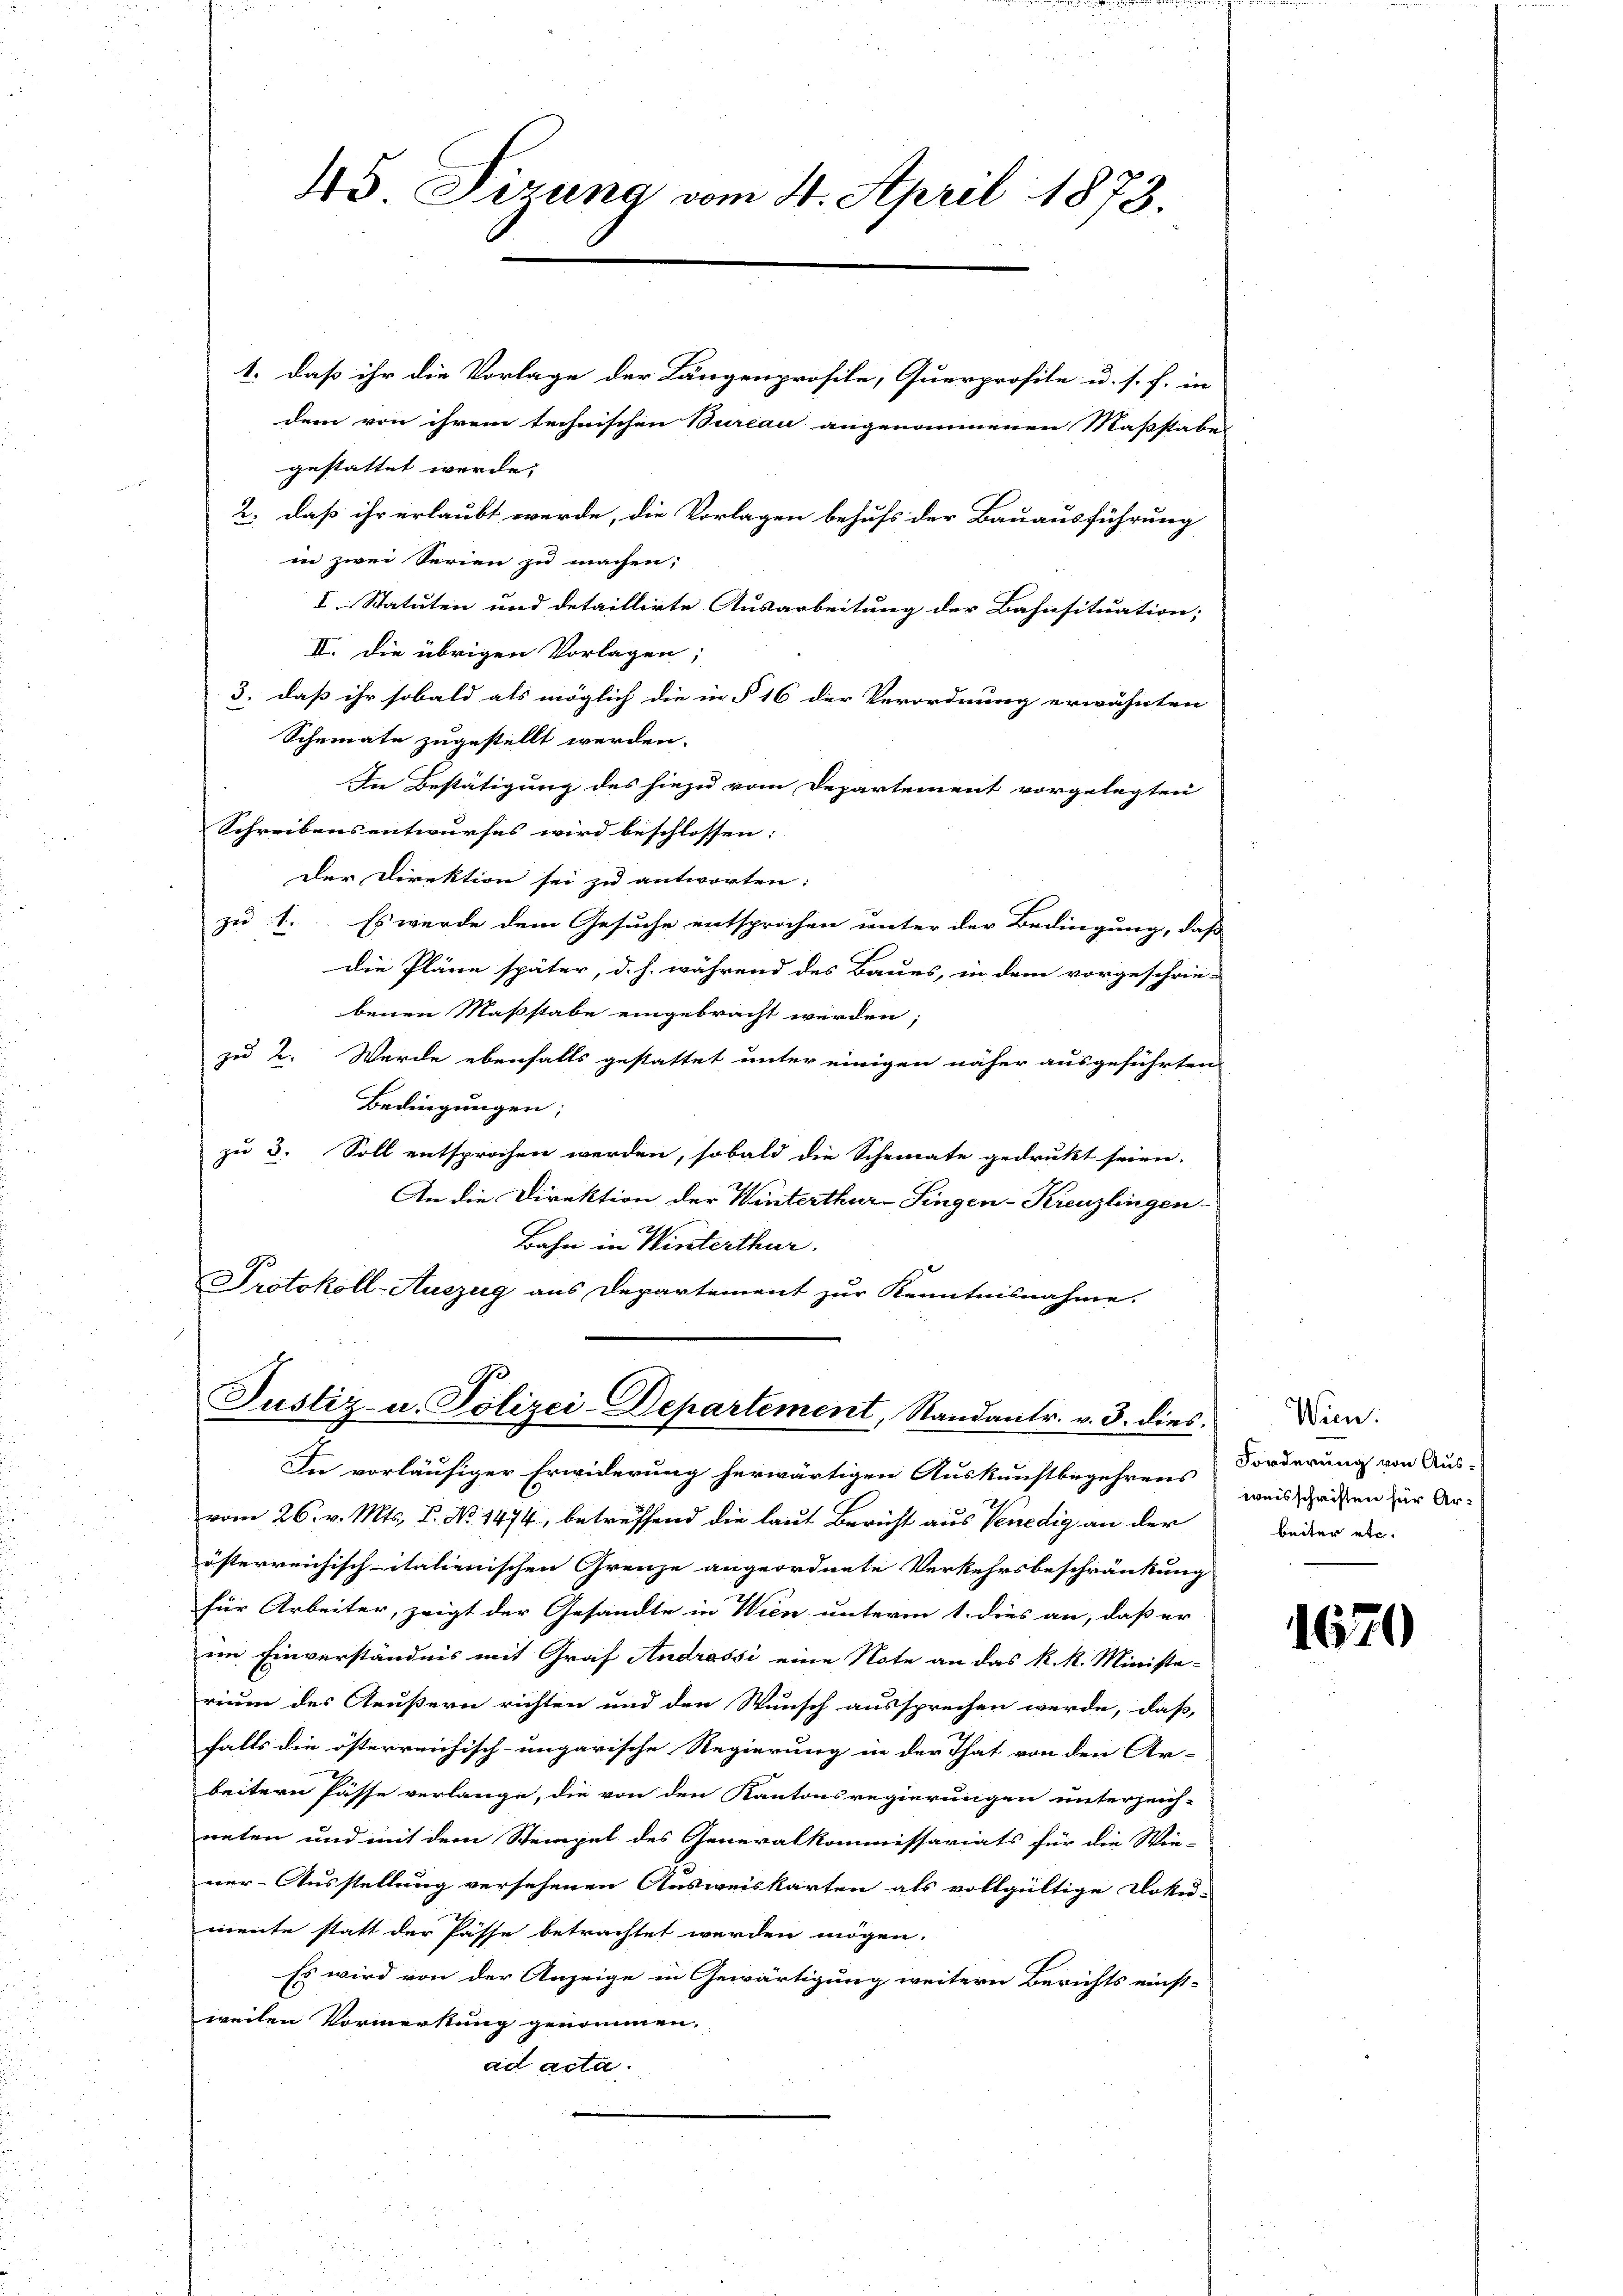
45 Sizung vom 4. April 1873.

Justiz- u. Polizei-Departement, Standantr. v. 3. dies

1. daß ihr die Vorlage der Längenprofile, Querprofile u. s. f. in
dem von ihrem technischen Bureau angenommenen Maßstabe
gestattet werde;
2.) daß ihr erlaubt werde, die Vorlagen behufs der Bauausführung
in zwei Serien zu machen;
I. Statuten und detaillirte Ausarbeitung der Bahnsituation;
II. Die übrigen Vorlagen;
3. daß ihr sobald als möglich die in § 16 der Verordnung erwähnten
Scheinate zugestellt werden.
In Bestätigung des hiezu vom Departement vorgelegten
Schreibens entwurfes wird beschlossen:
Der Direktion sei zu antworten:
zu 1. Es wurde dem Gesuche entsprochen unter der Bedingung, daß
die Pläne später, d. h. während des Baues, in dem vorgeschrie-
benen Maßstabe eingebracht werden;
zu 2. Wurde ebenfalls gestattet unter einigen näher ausgeführten
Bedingungen;
zu 3. Soll entsprochen werden, sobald die Scheinate gedrukt seien.
An die Direktion der Winterthur–Singen-Kreuzlingen
Bahn in Winterthur.
Protokoll-Auszug aus Departement zur Kenntnisnahme.

im Einverständnis mit Graf Andrassi eine Note an das k. k. Ministe-
rium des Aeußern richten und den Wunsch aussprechen werde, daß
falls die österreichisch-ungarische Regierung in der That von den Ar-
beitern Pässe verlange, die von den Kantonsregierungen unterzeich-
rnten und mit dem Stempel des Generalkommissariats für die Wie-
ner-Ausstellung versehenen Ausweiskarten als vollgültige Doku-
mente statt der Pässe betrachtet werden mögen.
Es wird von der Anzeige in Gewärtigung weitern Berichts einst-
weiten Vormerkung genommen.
ad acta.

In vorläufiger Erwiderung herwärtigen Auskunftbegehrens
vom 26. v. Mts. B. No. 1474, betreffend die laut Bericht aus Venedig an der
österreichisch-italienischen Grenze angeordnete Verkehrsbeschränkung
für Arbeiter, zeigt der Gesandte in Wien unterm 1. dies an, daß er

Wien.
Forderung von Aus-
weisschriften für Arbeiter etc.

1670